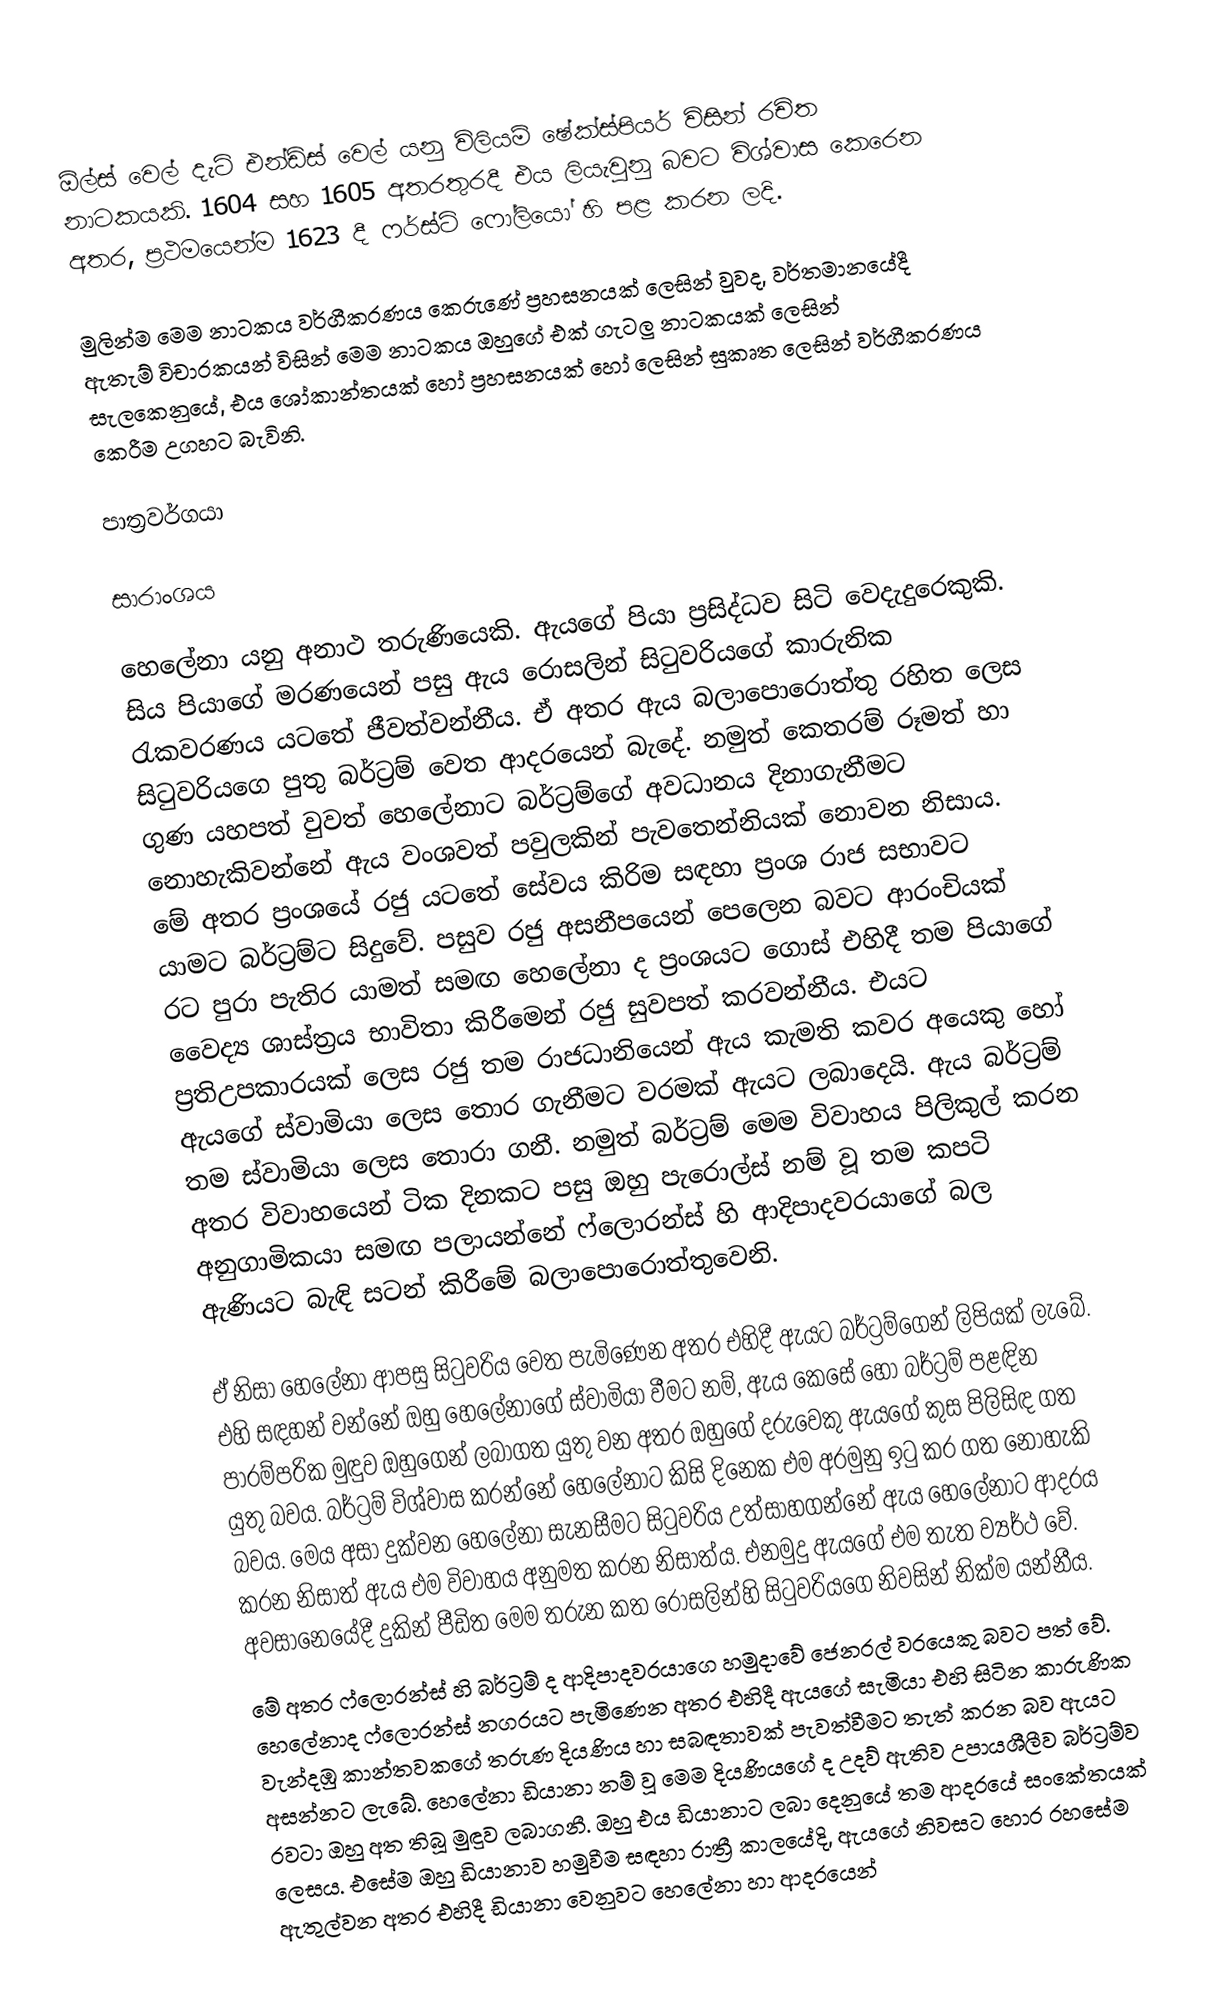
ඕල්ස් වෙල් දැට් එන්ඩ්ස් වෙල් යනු  විලියම් ෂේක්ස්පියර් විසින් රචිත නාටකයකි. 1604 සහ 1605 අතරතුරදී එය ලියැවුනු බවට විශ්වාස කෙරෙන අතර, ප්‍රථමයෙන්ම 1623 දී ෆර්ස්ට් ෆෝලියෝ හි පළ කරන ලදි.

මුලින්ම මෙම නාටකය වර්ගීකරණය කෙරුණේ ප්‍රහසනයක් ලෙසින් වුවද, වර්තමානයේදී ඇතැම් විචාරකයන් විසින් මෙම නාටකය ඔහුගේ එක්  ගැටලු නාටකයක් ලෙසින් සැලකෙනුයේ, එය ශෝකාන්තයක් හෝ ප්‍රහසනයක් හෝ ලෙසින් සුකෘත ලෙසින් වර්ගීකරණය කෙරීම උගහට බැවිනි.

පාත්‍රවර්ගයා

සාරාංශය

හෙලේනා යනු අනාථ තරුණියෙකි. ඇයගේ පියා ප්‍රසිද්ධව සිටි වෙදැදුරෙකුකි. සිය පියාගේ මරණයෙන් පසු ඇය රොසලින් සිටුවරියගේ කාරුනික රැකවරණය යටතේ ජීවත්වන්නීය. ඒ අතර ඇය බලාපොරොත්තු රහිත ලෙස සිටුවරියගෙ පුතු බර්ට්‍රම් වෙත ආදරයෙන් බැදේ. නමුත් කෙතරම් රූමත් හා ගුණ යහපත් වුවත් හෙලේනාට බර්ට්‍රම්ගේ අවධානය දිනාගැනීමට නොහැකිවන්නේ ඇය වංශවත් පවුලකින් පැවතෙන්නියක් නොවන නිසාය. මේ අතර ප්‍රංශයේ රජු යටතේ සේවය කිරිම සඳහා ප්‍රංශ රාජ සභාවට යාමට බර්ට්‍රම්ට සිදුවේ. පසුව රජු අසනීපයෙන් පෙලෙන බවට ආරංචියක් රට පුරා පැතිර යාමත් සමඟ හෙලේනා ද ප්‍රංශයට ගොස් එහිදී තම පියාගේ වෛද්‍ය ශාස්ත්‍රය භාවිතා කිරීමෙන් රජු සුවපත් කරවන්නීය. එයට ප්‍රතිඋපකාරයක් ලෙස රජු තම රාජධානියෙන් ඇය කැමති කවර අයෙකු හෝ ඇයගේ ස්වාමියා ලෙස තොර ගැනීමට වරමක් ඇයට ලබාදෙයි. ඇය බර්ට්‍රම් තම ස්වාමියා ලෙස තොරා ගනී. නමුත් බර්ට්‍රම් මෙම විවාහය පිලිකුල් කරන අතර විවාහයෙන් ටික දිනකට පසු ඔහු පැරොල්ස් නම් වූ තම කපටි අනුගාමිකයා සමඟ පලායන්නේ ෆ්ලොරන්ස් හි ආදිපාදවරයාගේ බල ඇණියට බැඳි සටන් කිරීමේ බලාපොරොත්තුවෙනි.

ඒ නිසා හෙලේනා ආපසු සිටුවරිය වෙත පැමිණෙන අතර එහිදී ඇයට බර්ට්‍රම්ගෙන් ලිපියක් ලැබේ. එහි සඳහන් වන්නේ ඔහු හෙලේනාගේ ස්වාමියා වීමට නම්, ඇය කෙසේ හෝ බර්ට්‍රම් පළඳින පාරම්පරික මුඳුව ඔහුගෙන් ලබාගත යුතු වන අතර ඔහුගේ දරුවෙකු ඇයගේ කුස පිලිසිඳ ගත යුතු බවය. බර්ට්‍රම් විශ්වාස කරන්නේ හෙලේනාට කිසි දිනෙක එම අරමුනු ඉටු කර ගත නොහැකි බවය. මෙය අසා දුක්වන හෙලේනා සැනසීමට සිටුවරිය උත්සාහගන්නේ ඇය හෙලේනාට ආදරය කරන නිසාත් ඇය එම විවාහය අනුමත කරන නිසාත්ය. එනමුදු ඇයගේ එම තැත ව්‍යර්ථ වේ. අවසානෙයේදී දුකින් පීඩිත මෙම තරුන කත රොසලින්හි සිටුවරියගෙ නිවසින් නික්ම යන්නීය.
මේ අතර ෆ්ලොරන්ස් හි බර්ට්‍රම් ද ආදිපාදවරයාගෙ හමුදාවේ ජෙනරල් වරයෙකු බවට පත් වේ. හෙලේනාද ෆ්ලොරන්ස් නගරයට පැමිණෙන අතර එහිදී ඇයගේ සැමියා එහි සිටින කාරුණික වැන්දඹු කාන්තවකගේ තරුණ දියණිය හා සබඳතාවක් පැවත්වීමට තැත් කරන බව ඇයට අසන්නට ලැබේ. හෙලේනා ඩියානා නම් වූ මෙම දියණියගේ ද උදව් ඇතිව උපායශීලීව බර්ට්‍රම්ව රවටා ඔහු අත තිබූ මුඳුව ලබාගනී. ඔහු එය ඩියානාට ලබා දෙනුයේ තම ආදරයේ සංකේතයක් ලෙසය. එසේම ඔහු ඩියානාව හමුවීම සඳහා රාත්‍රී කාලයේදි, ඇයගේ නිවසට හොර රහසේම ඇතුල්වන අතර එහිදී ඩියානා වෙනුවට හෙලේනා හා ආදරයෙන්